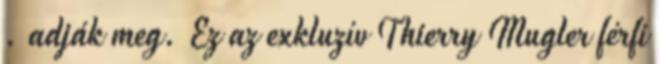
. adják meg. Ez az exkluzív Thierry Mugler férfi